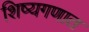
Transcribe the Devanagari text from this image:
शिष्यगणात